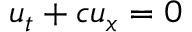
u _ { t } + c u _ { x } = 0